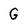
Character: G